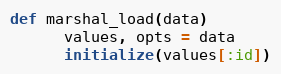
Language: Ruby
def marshal_load(data)
      values, opts = data
      initialize(values[:id])